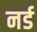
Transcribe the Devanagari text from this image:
नर्ड